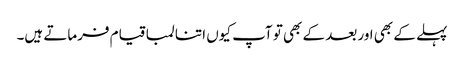
پہلے کے بھی اور بعد کے بھی تو آپ کیوں اتنا لمبا قیام فرماتے ہیں۔